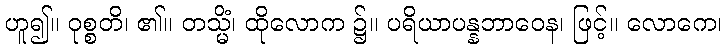
ဟူ၍။ ဝုစ္စတိ၊ ၏။ တသ္မိံ၊ ထိုလောက ၌။ ပရိယာပန္နဘာဝေန၊ ဖြင့်။ လောကေ၊